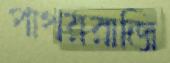
পাথররাজি